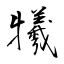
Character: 犧